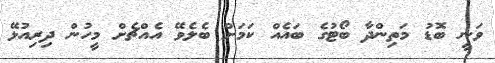
ވަނީ ބޮޑު މަތިންދާ ބޯޓުގެ ބައެއް ކަމަށް ބެލެވޭ އެއްޗެށް މިީހުން ދިރިއުޅޭ